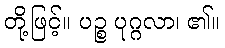
တို့ဖြင့်။ ပဉ္စ ပုဂ္ဂလာ၊ ၏။